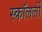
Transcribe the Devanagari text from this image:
स्कॉलर्ली